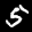
Label: 5